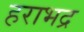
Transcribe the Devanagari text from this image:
हराभद्र